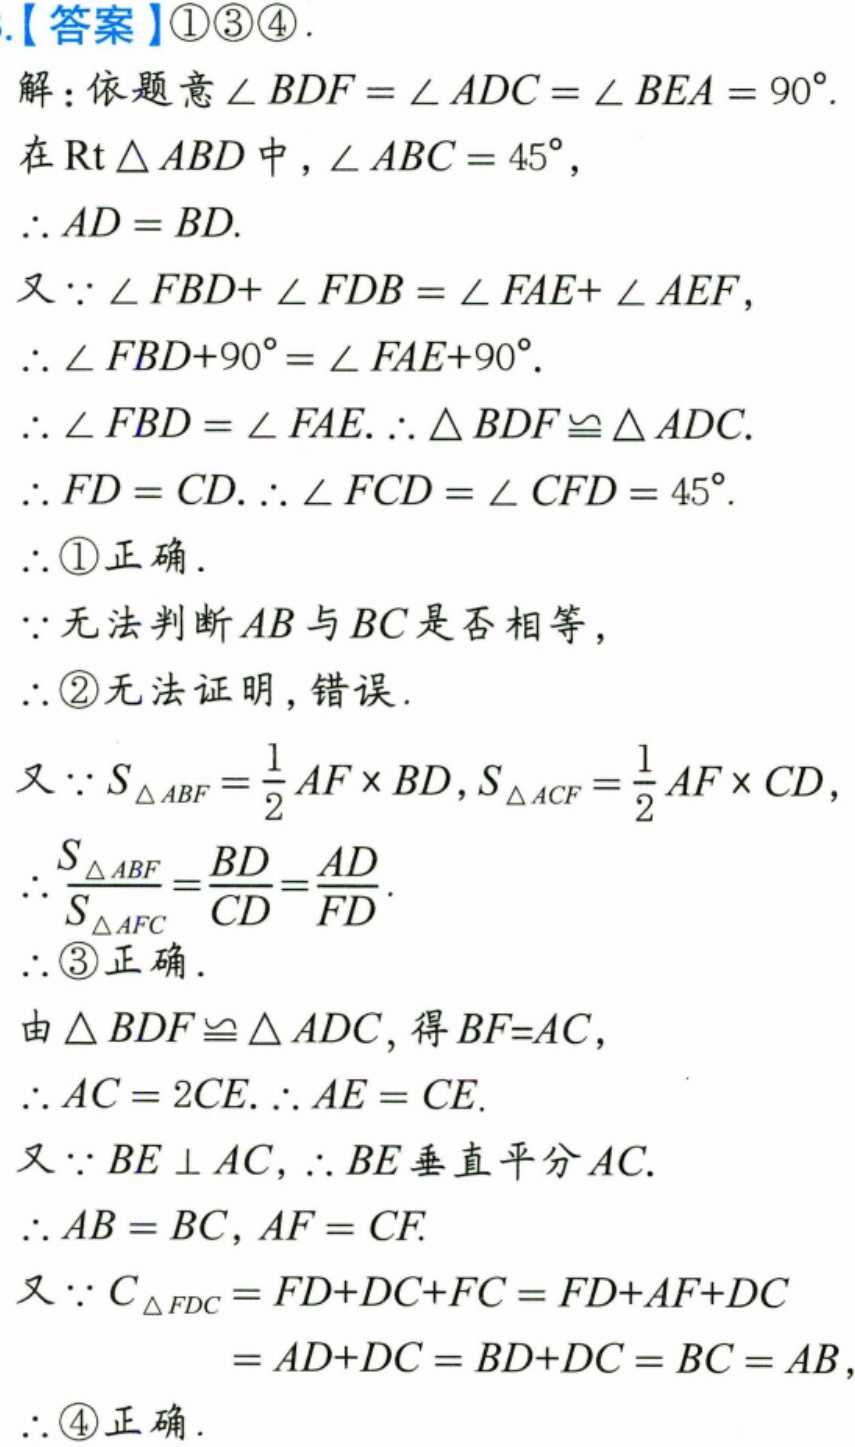
.【答案】\textcircled{1}\textcircled{3}\textcircled{4}.
解：依题意\(\angle BDF=\angle ADC=\angle BEA = 90^{\circ}\).
在\(\text{Rt}\triangle ABD\)中，\(\angle ABC = 45^{\circ}\)，
\(\therefore AD = BD\).
又\(\because\angle FBD+\angle FDB=\angle FAE+\angle AEF\)，
\(\therefore\angle FBD + 90^{\circ}=\angle FAE+90^{\circ}\).
\(\therefore\angle FBD=\angle FAE.\therefore\triangle BDF\cong\triangle ADC\).
\(\therefore FD = CD.\therefore\angle FCD=\angle CFD = 45^{\circ}\).
\(\therefore\)\textcircled{1}正确.
\(\because\)无法判断\(AB\)与\(BC\)是否相等，
\(\therefore\)\textcircled{2}无法证明，错误.
又\(\because S_{\triangle ABF}=\frac{1}{2}AF\times BD\)，\(S_{\triangle ACF}=\frac{1}{2}AF\times CD\)，
\(\therefore\frac{S_{\triangle ABF}}{S_{\triangle AFC}}=\frac{BD}{CD}=\frac{AD}{FD}\).
\(\therefore\)\textcircled{3}正确.
由\(\triangle BDF\cong\triangle ADC\)，得\(BF = AC\)，
\(\therefore AC = 2CE.\therefore AE = CE\).
又\(\because BE\perp AC\)，\(\therefore BE\)垂直平分\(AC\).
\(\therefore AB = BC\)，\(AF = CF\).
又\(\because C_{\triangle FDC}=FD + DC+FC=FD + AF+DC\)
\(=AD + DC=BD + DC=BC = AB\)，
\(\therefore\)\textcircled{4}正确.